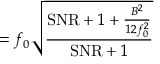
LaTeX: = f _ { 0 } { \sqrt { \frac { \mathrm { S N R } + 1 + { \frac { B ^ { 2 } } { 1 2 f _ { 0 } ^ { 2 } } } } { \mathrm { S N R } + 1 } } }